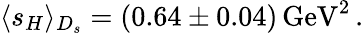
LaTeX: \langle s_{H}\rangle_{D_{s}}=(0.64\pm 0.04)\, \mathrm{GeV}^{2}\, .